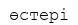
өстері